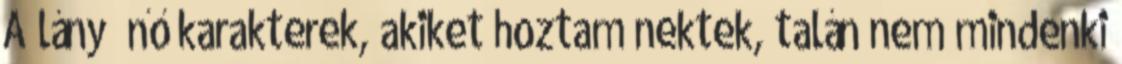
A lány nő karakterek, akiket hoztam nektek, talán nem mindenki